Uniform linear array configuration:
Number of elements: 32
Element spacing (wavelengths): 0.5
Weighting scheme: binomial
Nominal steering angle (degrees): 60
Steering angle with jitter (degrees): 59.398
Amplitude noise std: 0.05
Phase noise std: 0.05

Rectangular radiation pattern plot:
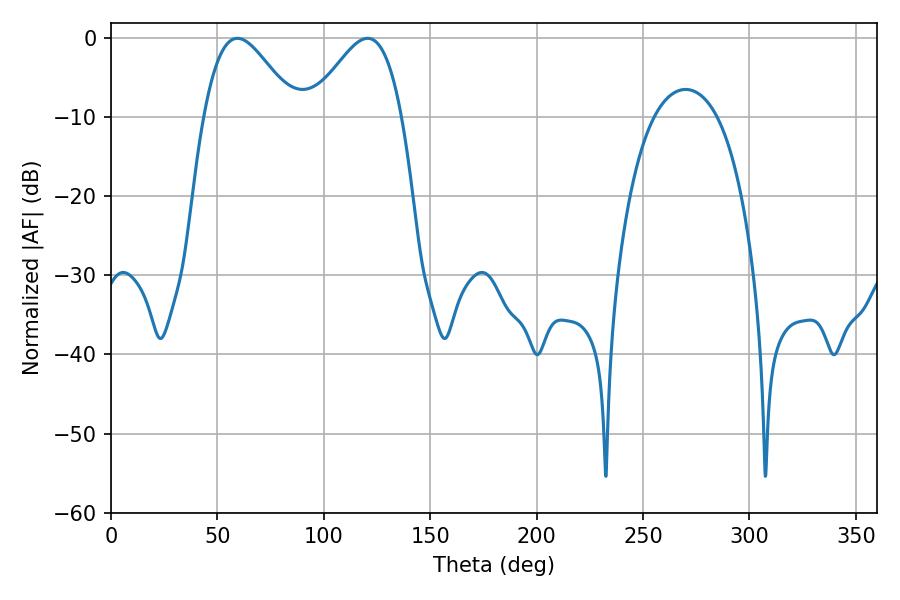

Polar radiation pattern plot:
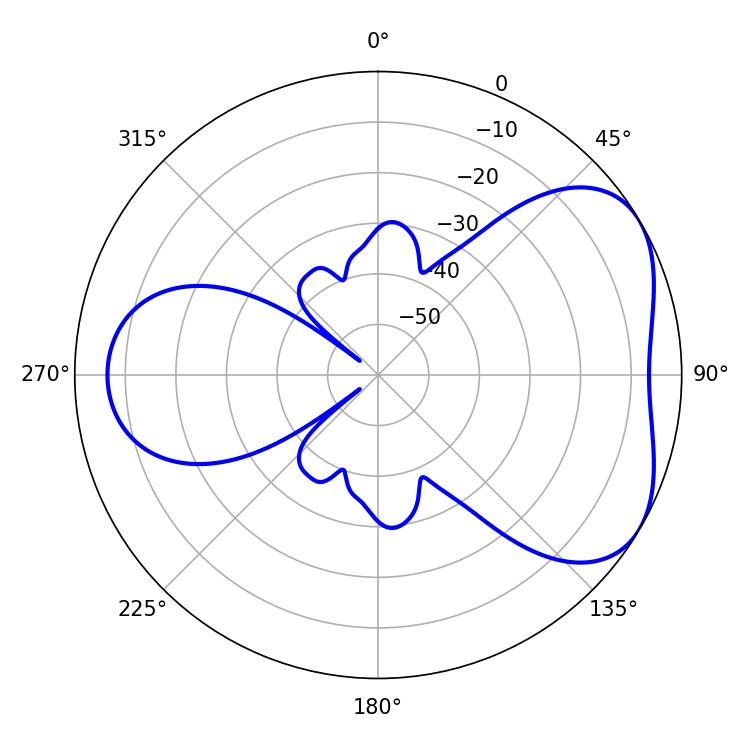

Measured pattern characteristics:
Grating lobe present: FALSE
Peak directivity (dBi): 4.681
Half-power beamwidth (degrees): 22.86
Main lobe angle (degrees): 59.4